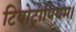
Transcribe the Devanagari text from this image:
टियोट्रोपियम।